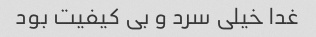
غدا خیلی سرد و بی کیفیت بود